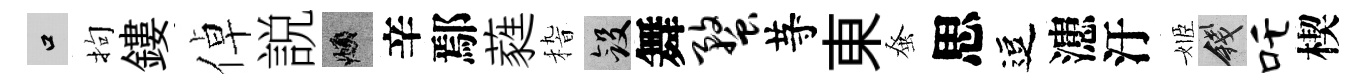
口拘鏤倬説頫辛鄢蕤𥟵斂舞蝥䒭東𫊫思逗漶汙姬錢吒楔